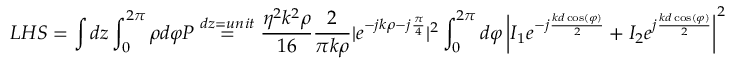
L H S = \int d z \int _ { 0 } ^ { 2 \pi } \rho d \varphi P \stackrel { d z = u n i t } { = } \frac { \eta ^ { 2 } k ^ { 2 } \rho } { 1 6 } \frac { 2 } { \pi k \rho } | e ^ { - j k \rho - j \frac { \pi } { 4 } } | ^ { 2 } \int _ { 0 } ^ { 2 \pi } d \varphi \left| I _ { 1 } e ^ { - j \frac { k d \cos ( \varphi ) } { 2 } } + I _ { 2 } e ^ { j \frac { k d \cos ( \varphi ) } { 2 } } \right| ^ { 2 }